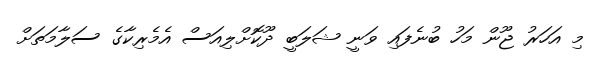
މި އަހަރު ޖޫން މަހު ބުނެފައި ވަނީ ޝަލަބީ ދޫކޮށްލިއަސް އެމެރިކާގެ ސަލާމަތަށް